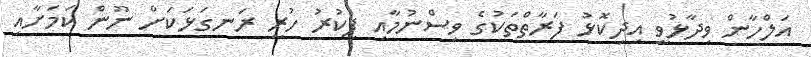
އަލްހާން ވިދާޅުވީ އިދިކޮޅު ފަރާތްތަކުގެ ވިސްނުމާއި ފިކުރު ހުރީ ރަނގަޅަކަށް ނޫން ކަމަށާއި